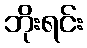
ဘိုးရင်း